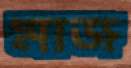
মাজ